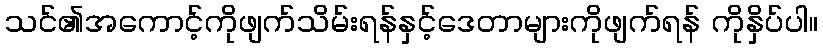
သင်၏အကောင့်ကိုဖျက်သိမ်းရန်နှင့်ဒေတာများကိုဖျက်ရန် ကိုနှိပ်ပါ။